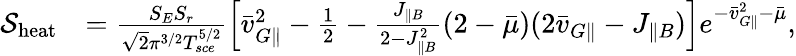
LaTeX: \begin{array}{rl}{\mathcal{S}_{\mathrm{heat}}}&{=\frac{S_{E}S_{r}}{\sqrt{2}\pi^{3/2}T_{sce}^{5/2}}\Big[\bar{v}_{G\parallel}^{2}-\frac{1}{2}-\frac{J_{\parallel B}}{2-J_{\parallel B}^{2}}(2-\bar{\mu})(2\bar{v}_{G\parallel}-J_{\parallel B})\Big]e^{-\bar{v}_{G\parallel}^{2}-\bar{\mu}},}\end{array}